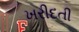
ખરીદતી